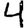
Digit: 4